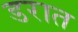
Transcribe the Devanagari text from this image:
डरात